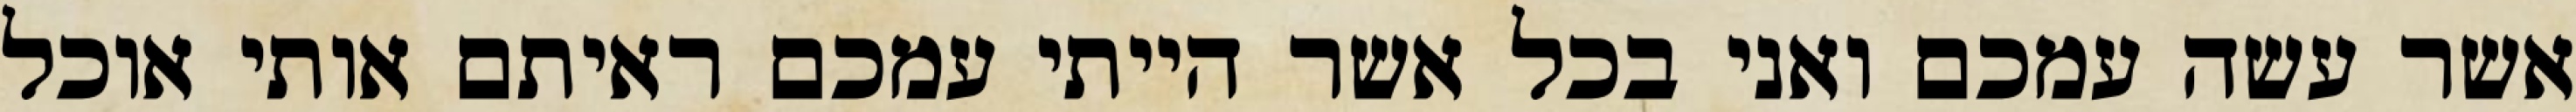
אשר עשה עמכם ואני בכל אשר הייתי עמכם ראיתם אותי אוכל